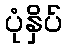
ပုံနှိပ်